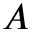
A